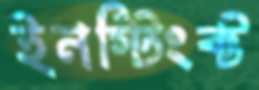
ইনস্টিংক্ট